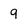
Character: 9